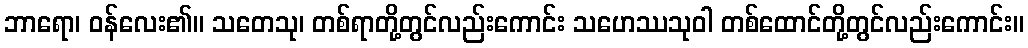
ဘာရော၊ ဝန်လေး၏။ သတေသု၊ တစ်ရာတို့တွင်လည်းကောင်း သဟေဿသုဝါ တစ်ထောင်တို့တွင်လည်းကောင်း။